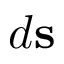
d \mathbf { s }